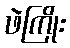
ဖဲကြိုး